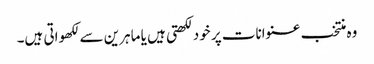
وہ منتخب عنوانات پر خود لکھتی ہیں یا ماہرین سے لکھواتی ہیں۔